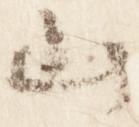
山